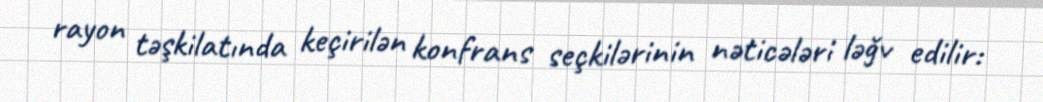
rayon təşkilatında keçirilən konfrans seçkilərinin nəticələri ləğv edilir: